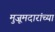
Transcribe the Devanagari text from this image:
मुजूमदारांच्या